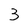
Character: 3